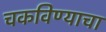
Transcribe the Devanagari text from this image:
चकविण्याचा